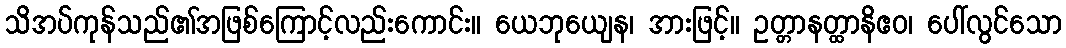
သိအပ်ကုန်သည်၏အဖြစ်ကြောင့်လည်းကောင်း။ ယေဘုယျေန၊ အားဖြင့်။ ဥတ္တာနတ္ထာနိဧဝ၊ ပေါ်လွင်သော